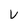
Character: V